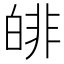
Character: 𤾅